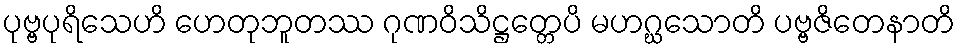
ပုဗ္ဗပုရိသေဟိ ဟေတုဘူတဿ ဂုဏဝိသိဋ္ဌတ္တေပိ မဟဂ္ဃသောတိ ပဗ္ဗဇိတေနာတိ